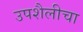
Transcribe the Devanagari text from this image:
उपशैलीचा